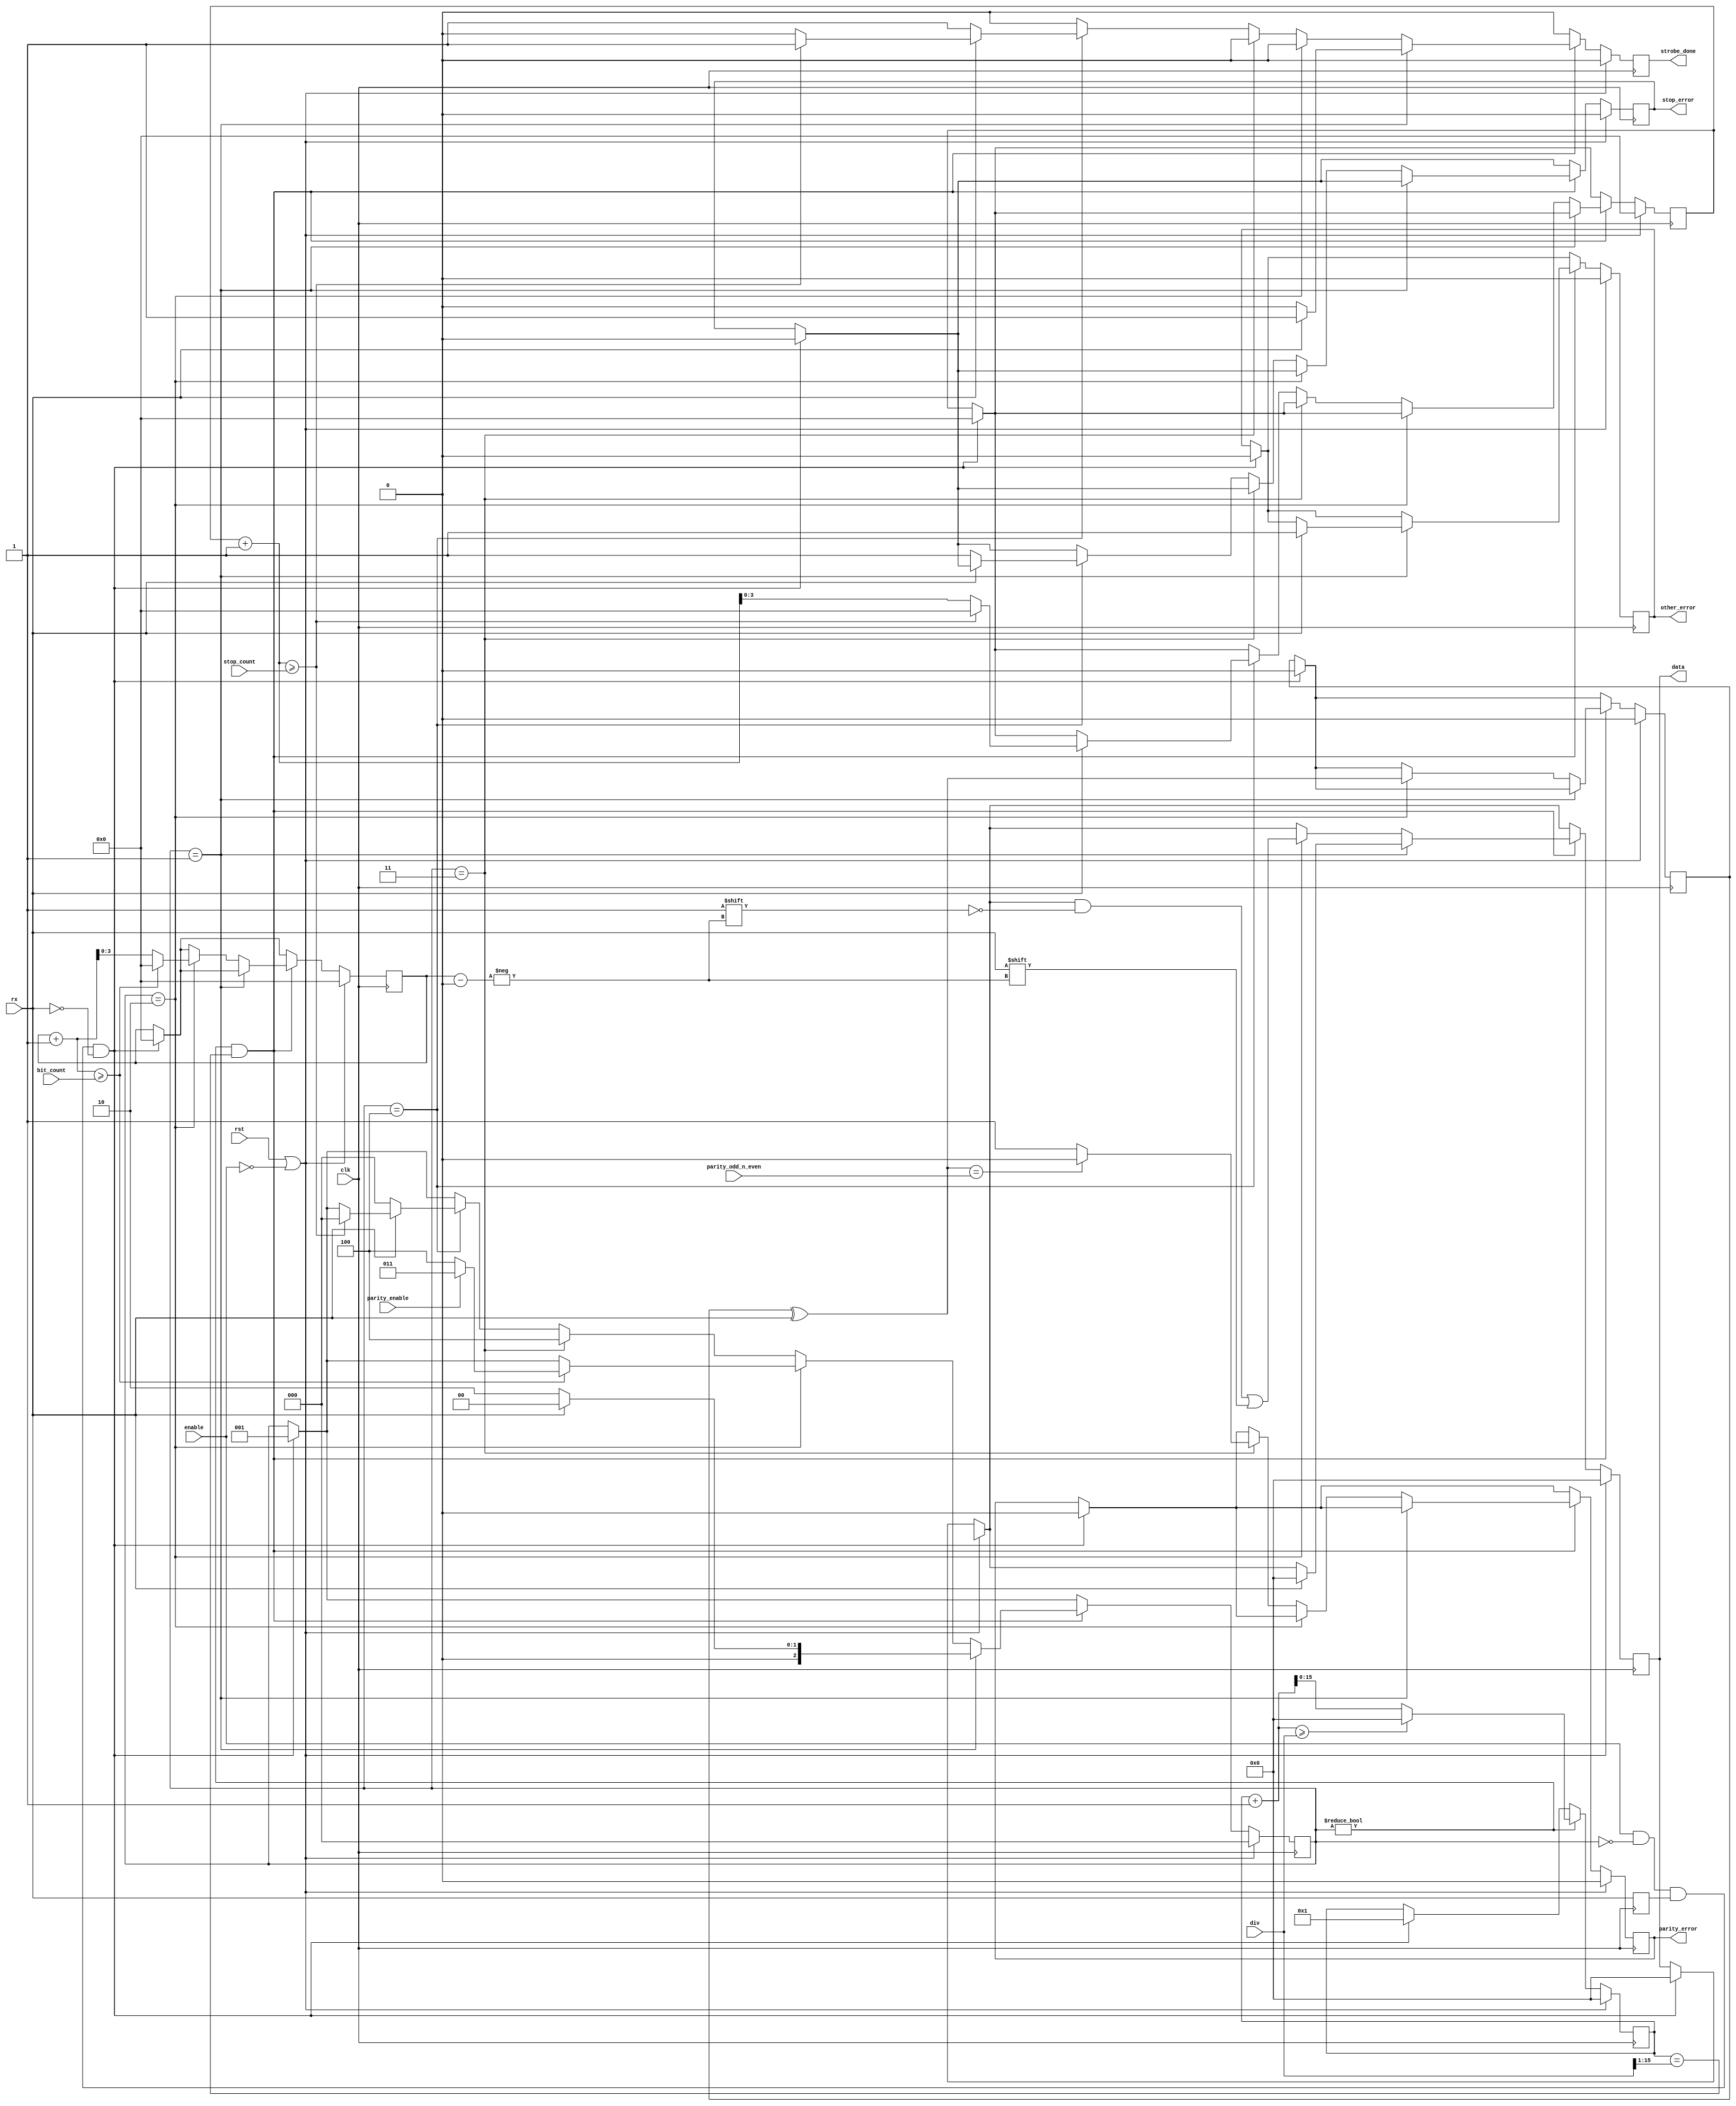
/*
 * Copyright (c) 2019, Arm Limited and affiliates.
 * SPDX-License-Identifier: Apache-2.0
 *
 * Licensed under the Apache License, Version 2.0 (the "License");
 * you may not use this file except in compliance with the License.
 * You may obtain a copy of the License at
 *
 * http://www.apache.org/licenses/LICENSE-2.0
 *
 * Unless required by applicable law or agreed to in writing, software
 * distributed under the License is distributed on an "AS IS" BASIS,
 * WITHOUT WARRANTIES OR CONDITIONS OF ANY KIND, either express or implied.
 * See the License for the specific language governing permissions and
 * limitations under the License.
 */

// UART rx module
//
// This modules acts as a UART receiver.
//
// enable - Enables reception of data. This must be false when changing settings
// div - Baudrate divisor. Baudrate = clk / div
// parity_enable - 1 to enable parity checking 0 to disable it
// parity_odd_n_even - 1 to check for odd parity, 0 to check for even parity
// bit_count - Number of data bits to receive. Valid values are 1 to 15
// stop_count - Number of stop bits to check for. Valid values are 1 to 15
//
// rx - value of the RX pin
//
// strobe_start - strobe indicating that reception has started
// strobe_sample - strobe indicating that the RX line has been sampled
// strobe_transition - strobe indicating that the RX line may transition
// strobe_done - strobe indicating that reception has finished and that
//               the signals data, line_break, stop_error and other_error
//               are valid
// data - Data received - only valid when strobe_done is high
// data_valid - Data was filled with new contents - only valid when strobe_done is high
// parity_error - The transfer had an invalid parity value - only valid when strobe_done is high
// stop_error - There were not enough stop bits - only valid when strobe_done is high
// other_error - Frame was invalid - only valid when strobe_done is high
//

`define STATE_IDLE 0
`define STATE_START 1
`define STATE_DATA 2
`define STATE_PARITY 3
`define STATE_STOP 4

module uart_rx(
        input wire clk,
        input wire rst,
        input wire enable,
        input wire[15:0] div,
        input wire parity_enable,
        input wire parity_odd_n_even,
        input wire [3:0] bit_count,
        input wire [3:0] stop_count,

        input wire rx,

        output wire strobe_done,
        output wire[15:0] data,
        output wire parity_error,
        output wire stop_error,
        output wire other_error
    );

    wire strobe_start;
    wire strobe_sample;
    wire strobe_transition;

    reg rx_prev;
    reg [15:0] div_count;
    reg [3:0] bit_count_reg;
    reg [3:0] stop_count_reg;
    reg strobe_done_reg;
    reg [15:0] data_reg;
    reg data_parity;
    reg parity_error_reg;
    reg stop_error_reg;
    reg other_error_reg;
    reg [2:0] state;

    integer i;

    // Combinational logic
    assign strobe_start = enable && (state == `STATE_IDLE) && (rx_prev == 1'b1) && (rx == 1'b0);
    assign strobe_sample = (state != `STATE_IDLE) && (div_count == div[15:1]);
    assign strobe_transition = (state != `STATE_IDLE) && (div_count == 0);
    assign strobe_done = strobe_done_reg;
    assign data = data_reg;
    assign parity_error = parity_error_reg;
    assign stop_error = stop_error_reg;
    assign other_error = other_error_reg;

    // Sequential logic
    always @(posedge clk) begin
        rx_prev <= rx;

        // strobe registers
        strobe_done_reg <= 0;

        if ((rst == 1'b1) || (enable == 0)) begin
            // Reset

            div_count <= 0;
            bit_count_reg <= 0;
            stop_count_reg <= 0;
            strobe_done_reg <= 0;
            data_reg <= 0;
            data_parity <= 0;
            parity_error_reg <= 0;
            stop_error_reg <= 0;
            other_error_reg <= 0;
            state <= `STATE_IDLE;

        end else begin

            // Edge of start
            if (strobe_start) begin
                div_count <= 1;
                bit_count_reg <= 0;
                stop_count_reg <= 0;
                data_reg <= 0;
                data_parity <= 0;
                parity_error_reg <= 0;
                stop_error_reg <= 0;
                other_error_reg <= 0;
                state <= `STATE_START;
            end

            // Run counter when not idle
            if (state != `STATE_IDLE) begin
                if (div_count + 1 >= div) begin
                    div_count <= 0;
                end else begin
                    div_count <= div_count + 1;
                end
            end

            if (strobe_sample) begin
                if (state == `STATE_START) begin
                    if (rx == 0) begin
                        state <= `STATE_DATA;
                    end else begin

                        // Error - not a valid start
                        data_reg <= 0;
                        other_error_reg <= 1;
                        strobe_done_reg <= 1;
                        state <= `STATE_IDLE;
                    end
                end else if (state == `STATE_DATA) begin
                    data_reg[bit_count_reg] <= rx;
                    data_parity <= data_parity ^ rx;
                    if (bit_count_reg + 1 >= bit_count) begin
                        bit_count_reg <= 0;
                        state <= parity_enable ? `STATE_PARITY : `STATE_STOP;
                    end else begin
                        bit_count_reg <= bit_count_reg + 1;
                    end
                end else if (state == `STATE_PARITY) begin
                    parity_error_reg <= (rx ^ data_parity) == parity_odd_n_even ? 0 : 1;
                    state <= `STATE_STOP;
                end else if (state == `STATE_STOP) begin
                    if (rx == 1) begin

                        if (stop_count_reg + 1 >= stop_count) begin
                            stop_count_reg <= 0;

                            // Valid transfer
                            strobe_done_reg <= 1;
                            state <= `STATE_IDLE;

                        end else begin
                            stop_count_reg <= stop_count_reg + 1;
                        end
                    end else begin

                        // Too few stop bytes
                        // data is still valid though
                        stop_error_reg <= 1;
                        strobe_done_reg <= 1;
                        state <= `STATE_IDLE;
                    end


                end
            end
        end
    end

endmodule